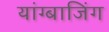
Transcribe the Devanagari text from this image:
यांग्बाजिंग